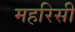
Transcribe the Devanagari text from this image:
महरिसी